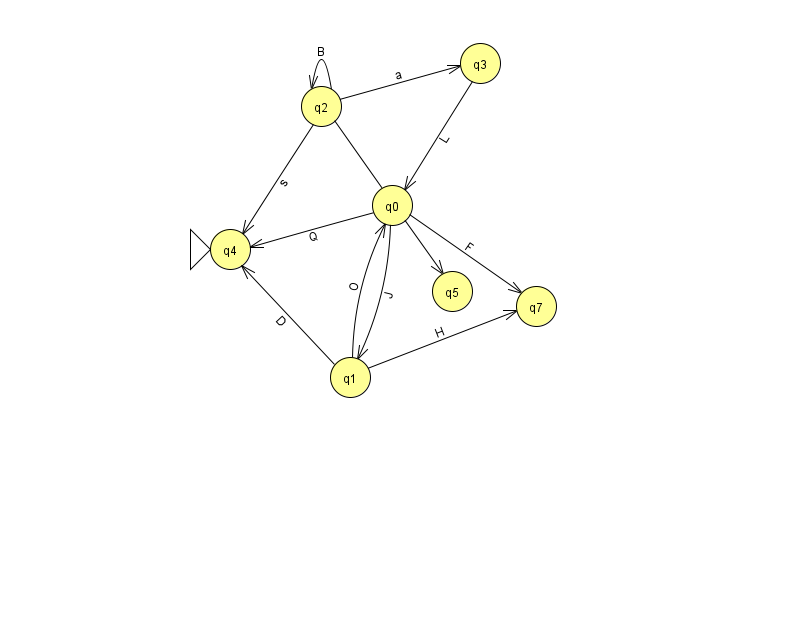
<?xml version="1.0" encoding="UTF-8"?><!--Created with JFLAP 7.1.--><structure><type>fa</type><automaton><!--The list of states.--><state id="0" name="q0"><x>392.0</x><y>192.0</y></state><state id="1" name="q1"><x>350.0</x><y>364.0</y></state><state id="2" name="q2"><x>321.0</x><y>93.0</y></state><state id="3" name="q3"><x>480.0</x><y>50.0</y></state><state id="4" name="q4"><x>230.0</x><y>236.0</y><initial/></state><state id="5" name="q5"><x>452.0</x><y>278.0</y></state><state id="7" name="q7"><x>536.0</x><y>293.0</y></state><!--The list of transitions.--><transition><from>2</from><to>2</to><read>B</read></transition><transition><from>0</from><to>7</to><read>F</read></transition><transition><from>2</from><to>3</to><read>a</read></transition><transition><from>3</from><to>0</to><read>L</read></transition><transition><from>2</from><to>5</to><read>K</read></transition><transition><from>0</from><to>1</to><read>J</read></transition><transition><from>0</from><to>4</to><read>Q</read></transition><transition><from>1</from><to>7</to><read>H</read></transition><transition><from>2</from><to>4</to><read>s</read></transition><transition><from>1</from><to>0</to><read>O</read></transition><transition><from>1</from><to>4</to><read>D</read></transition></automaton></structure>